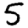
Digit: 5